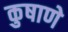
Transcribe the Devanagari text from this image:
कुषाणे